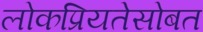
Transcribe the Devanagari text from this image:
लोकप्रियतेसोबत